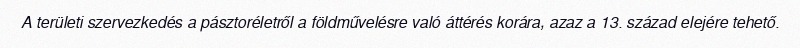
A területi szervezkedés a pásztoréletről a földművelésre való áttérés korára, azaz a 13. század elejére tehető.